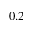
0 . 2